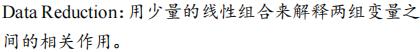
Data Reduction: 用少量的线性组合来解释两组变量之间的相关作用。